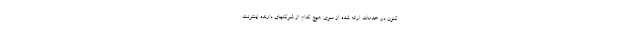
کنون در خدمات ارائه شده از سوی هیچ کدام از شرکتهای دارنده‌ اینترنت